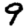
Digit: 9